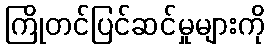
ကြိုတင်ပြင်ဆင်မှုများကို